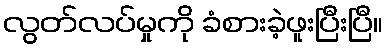
လွတ်လပ်မှုကို ခံစားခဲ့ဖူးပြီးပြီ။